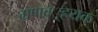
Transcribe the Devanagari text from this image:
ग्रणव््ह्रयक